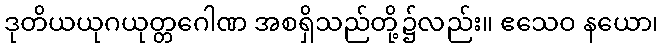
ဒုတိယယုဂယုတ္တဂေါဏ အစရှိသည်တို့၌လည်း။ ဧသေဝ နယော၊